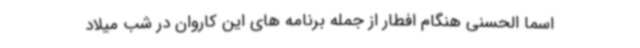
اسما الحسنی هنگام افطار از جمله برنامه های این کاروان در شب میلاد